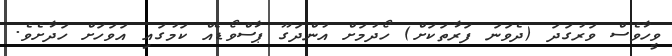
ވީހާވެސް ވަރުގަދަ (ދެވަނަ ފަރާތަަކަށް) ހޯދުމަށް އުންދަގޫ ޕާސްވޯޑެއް ކަމުގައި އަވަހަށް ހަދާށެވެ.